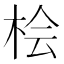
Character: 桧